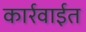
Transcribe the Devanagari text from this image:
कार्रवाईत